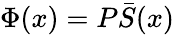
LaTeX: \Phi(x)=P\bar{S}(x)